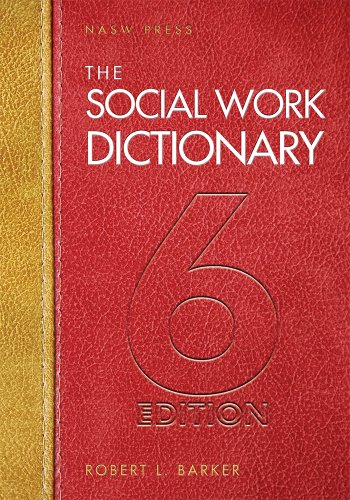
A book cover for The Social Work Dictionary, 6th Edition; Robert L Barker; Politics & Social Sciences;